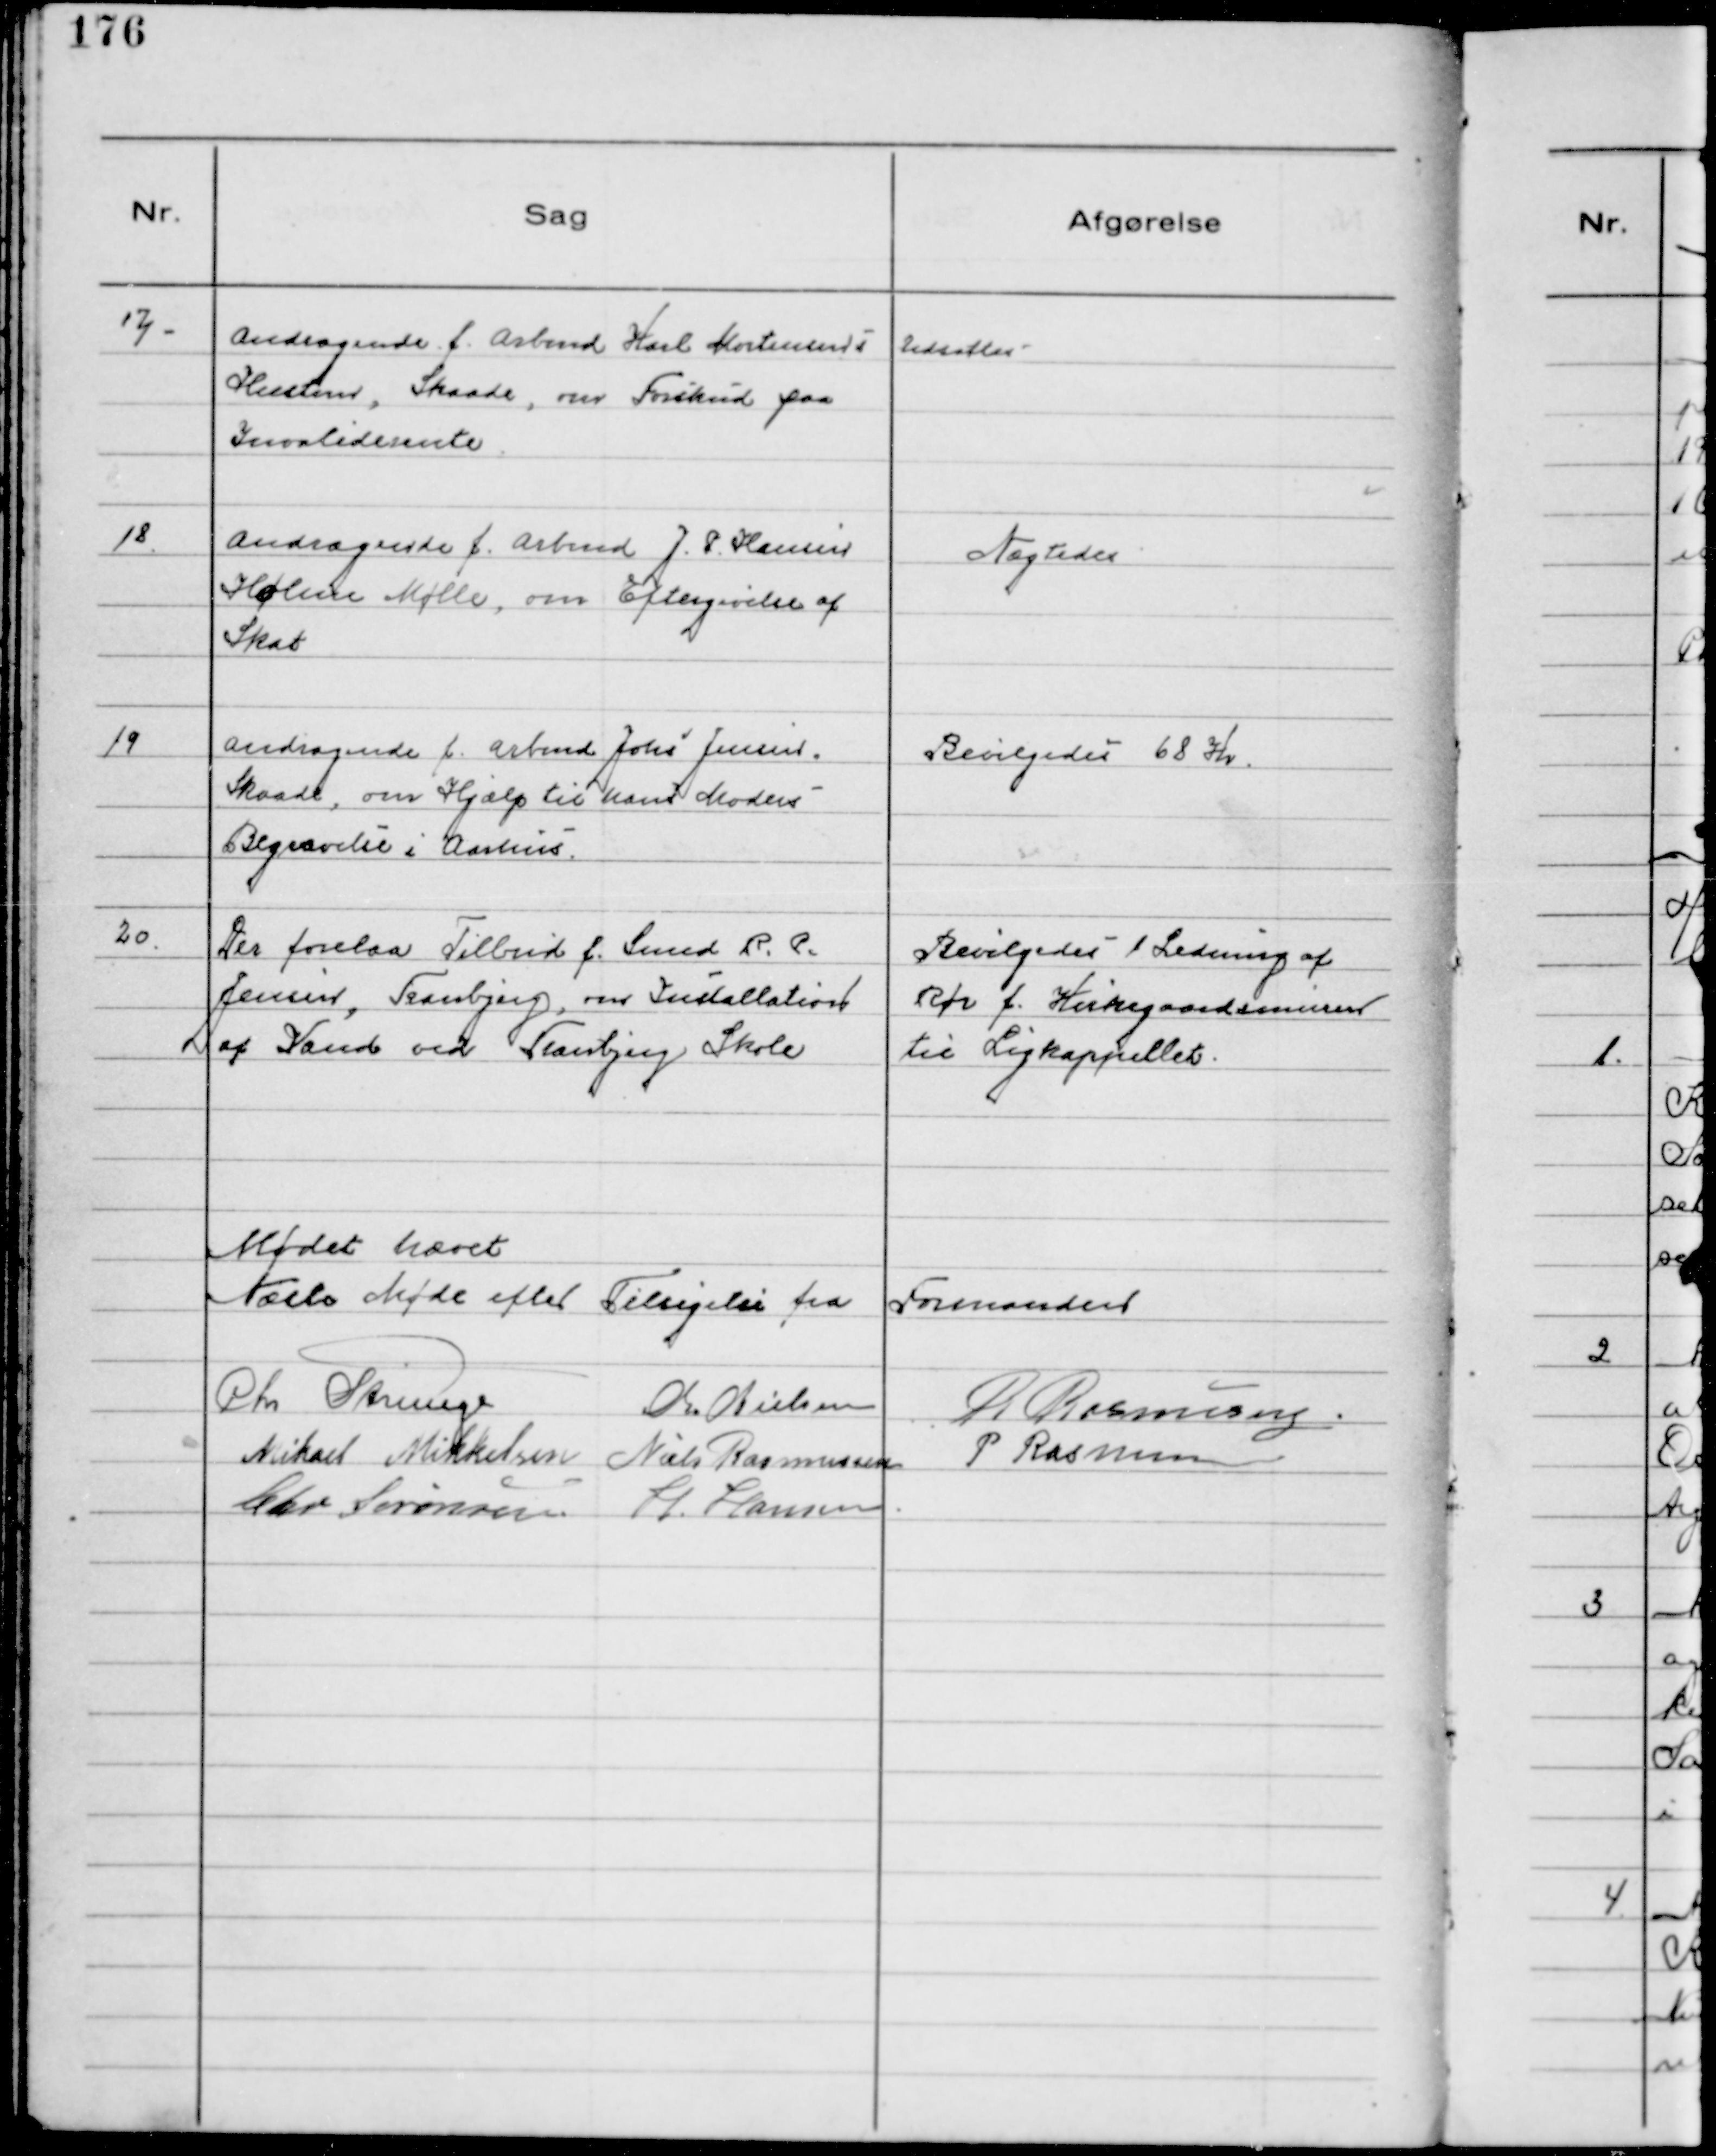
Transskription:
17.
Andragende f. Arbmd. Karl Mortensens
Hustru, Skaade, om Forskud paa
Invaliderente.

Udsattes

18.
Andragende f. Arbmd J. P. Hansen
Holme Mølle, om Eftergivelse af
Skat

Nægtedes

19
Andragende f. Arbmd Johs Jensen
Skaade, om Hjælp til hans Moders
Begravelse i Aarhus.

Bevilgedes 68 Kr

20.
Der forelaa Tilbud f. Smed R. P.
Jensen, Tranbjerg, om Installation
af Vand ved Tranbjerg Skole

Bevilgedes 1 Ledning af
Rør f. Kirkegaardsmuren
til Ligkappellet.

Mødet hævet
Næste Møde efter Tilsigelse fra Formanden
Chr Strunge
Chr. Nielsen
R Rasmussen
Mikael Mikkelsen Niels Rasmussen P Rasmussen
Chr. Sørensen. H. Hansen